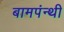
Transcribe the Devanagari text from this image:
बामपंन्थी